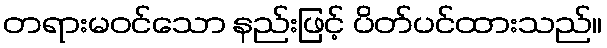
တရားမဝင်သော နည်းဖြင့် ပိတ်ပင်ထားသည်။